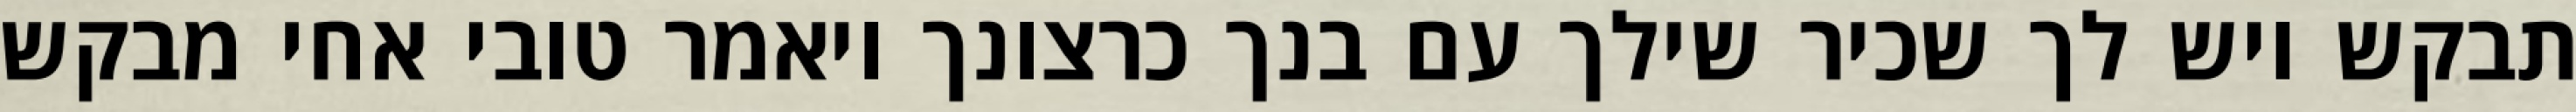
תבקש ויש לך שכיר שילך עם בנך כרצונך ויאמר טובי אחי מבקש